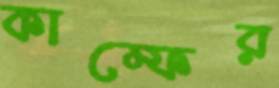
কাম্ফের